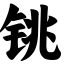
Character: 铫